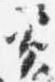
資